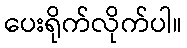
ပေးရိုက်လိုက်ပါ။